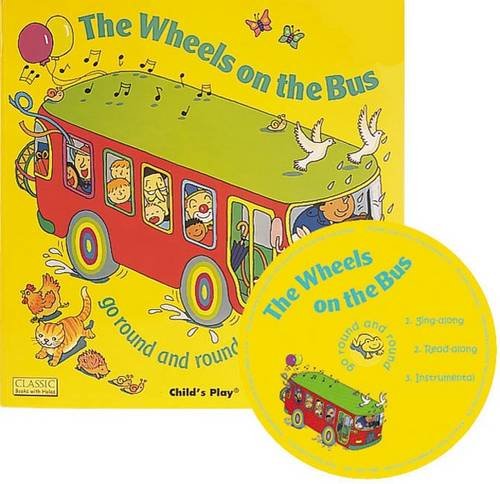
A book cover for The Wheels on the Bus Go Round and Round (Classic Books with Holes); Children's Books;